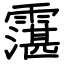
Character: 霮